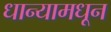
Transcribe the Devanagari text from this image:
धान्यामधून